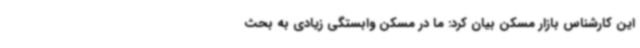
این کارشناس بازار مسکن بیان ‌کرد: ما در مسکن وابستگی زیادی به بحث